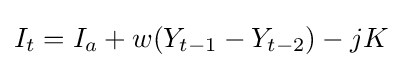
I_{t}=I_{a}+w(Y_{t-1}-Y_{t-2})-jK